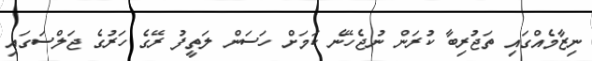
ނިޒާމެއްގައި ތަޖުރިބާ ކުރަން ނުޖެހޭނެ ކަމަށް ހަސަން ލަތީފު ރޭގެ ހަރުގެ ޖަލްސަގައި